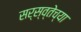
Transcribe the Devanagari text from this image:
सर्स्व्तेच्या